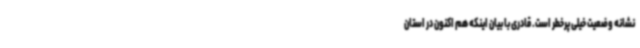
نشانه وضعیت خیلی پرخطر است. قادری با بیان اینکه هم اکنون در استان